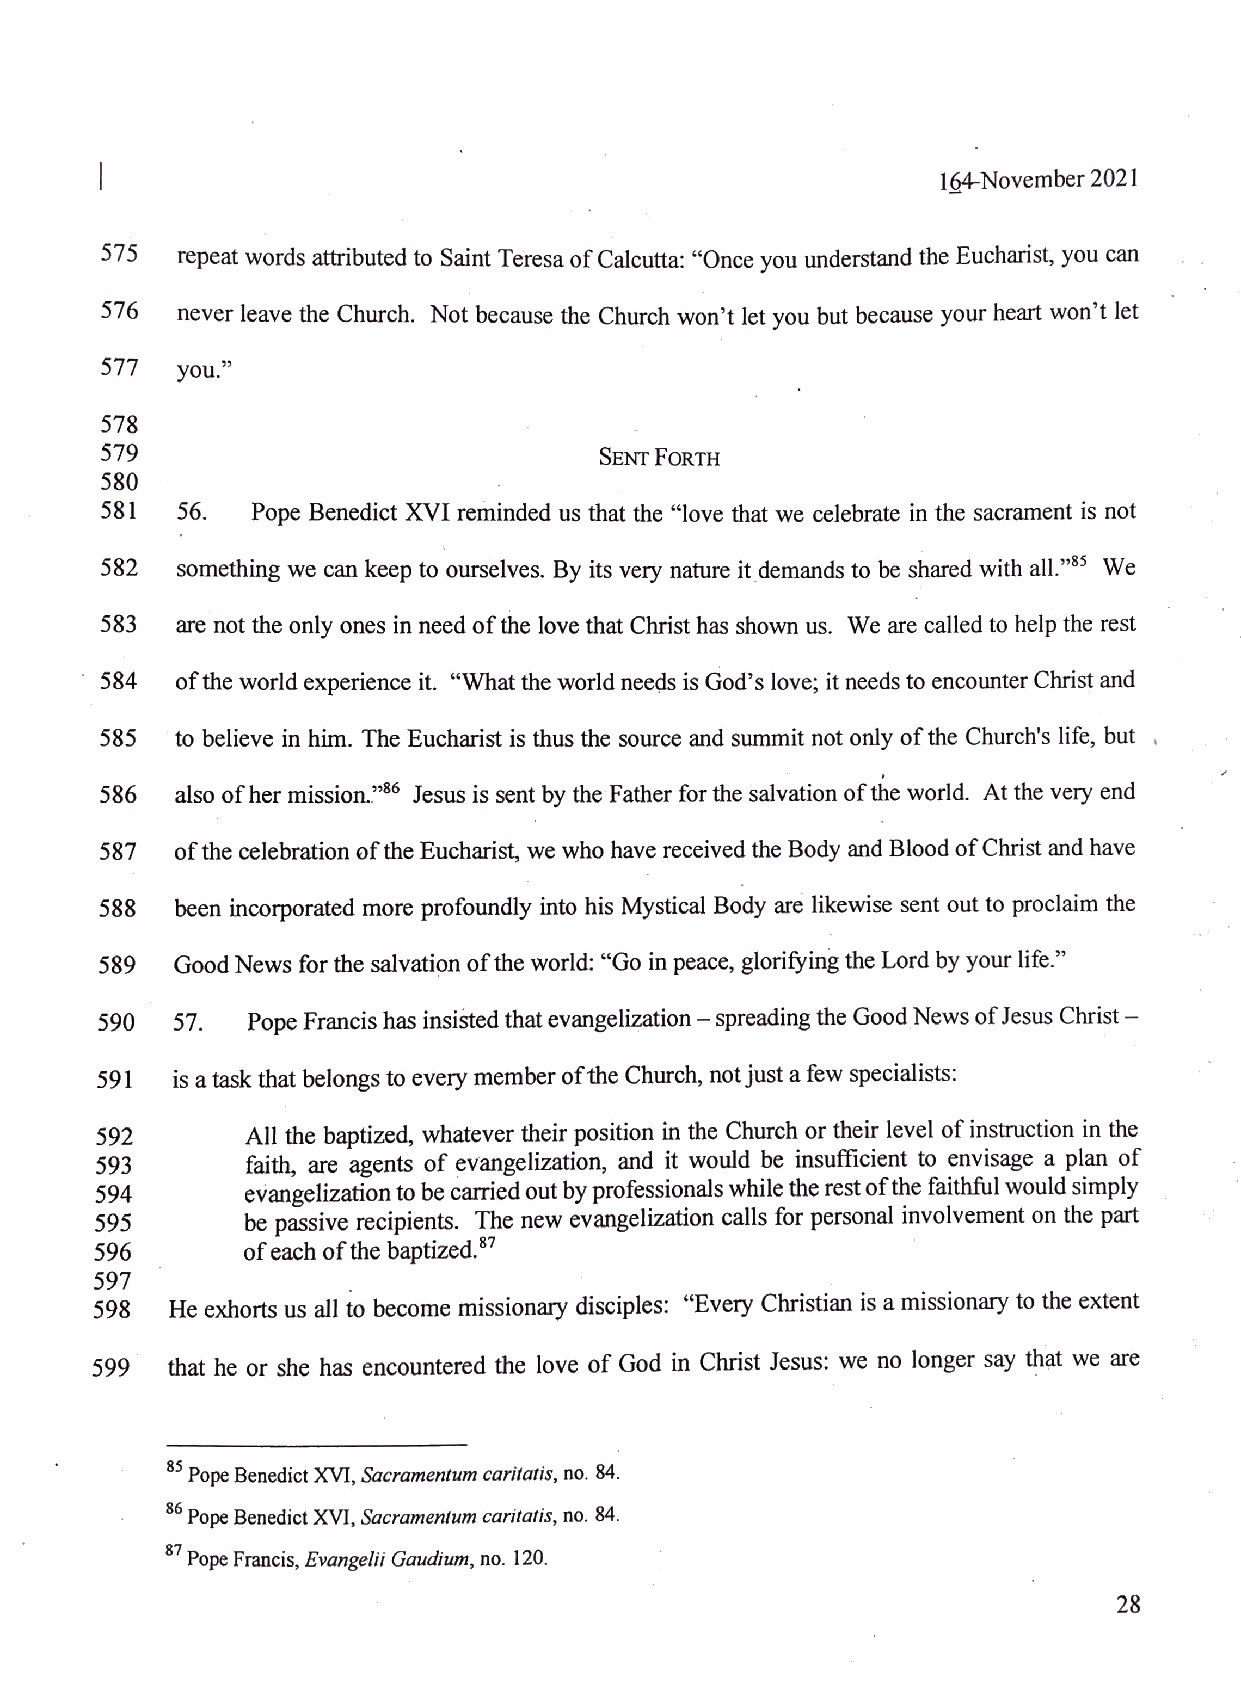
164-November 2021
 575
 repeat words attributed to Saint Teresa of Calcutta: ?Onceyou understand the Eucharist, you can
 576  never leave the Church. Not because the Churchwon't let you but because your heart won?t let
 377  you ob)
 578
 579                              Sent FORTH
 580
 581  56.  Pope Benedict XVI reminded us that the ?love that we celebrate in the sacrament is not
 582  something we can keep toourselves. By its very nature itdemands to be shared with all.?*° We
 583  are not the only ones in need of the love that Christ has shown us. Weare called to help the rest
 " 584  of the world experience it. ?Whatthe worldneeds is God?s love; it needsto encounter Christ and
 385 to believe in him. The Eucharist is thus the source and summit not only of the Church's life, but .
 586   also of her mission.?®° Jesusis sent by the Father forthe salvation ofthe world. At the very end
 ofthe celebration of the Eucharist,we who have received the Bodyand Blood of Christ and have
 587
 588  been incorporated more profoundly into his MysticalBody are likewise sent out to proclaim the
 Good News for the salvation ofthe world: ?Go in peace,glorifying the Lord by your life.?
 589
 590  57.  Pope Francis hasinsisted thatevangelization ? spreading the GoodNews of JesusChrist ?
 591  is atask that belongs to every member ofthe Church, notjust a few specialists:
 592       All the baptized, whatever their position in the Church or their level of instruction in the
 393       faith, are agents of evangelization, and it would be insufficient to envisage a plan of
 594       evangelization to becarried out by professionalswhile the restofthe faithful would simply
 be passive recipients. The new evangelization calls for personal involvement on the part
 596       ofeach ofthebaptized.®?
 597
 598  He exhorts us all to become missionary disciples: ?Every Christian is amissionary tothe extent
 599  that he or she has encountered the love of God in Christ Jesus: we no longer saythat we are
 85 Pope BenedictXVI, Sacramentum caritatis, no. 84,
 86 Pope Benedict XVI, Sacramentum caritatis, no. 84.
 87 Pope Francis, Evangelii Gaudium, no. 120.
 28